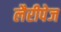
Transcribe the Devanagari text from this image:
लैरीपेज